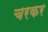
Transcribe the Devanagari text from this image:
चरकर